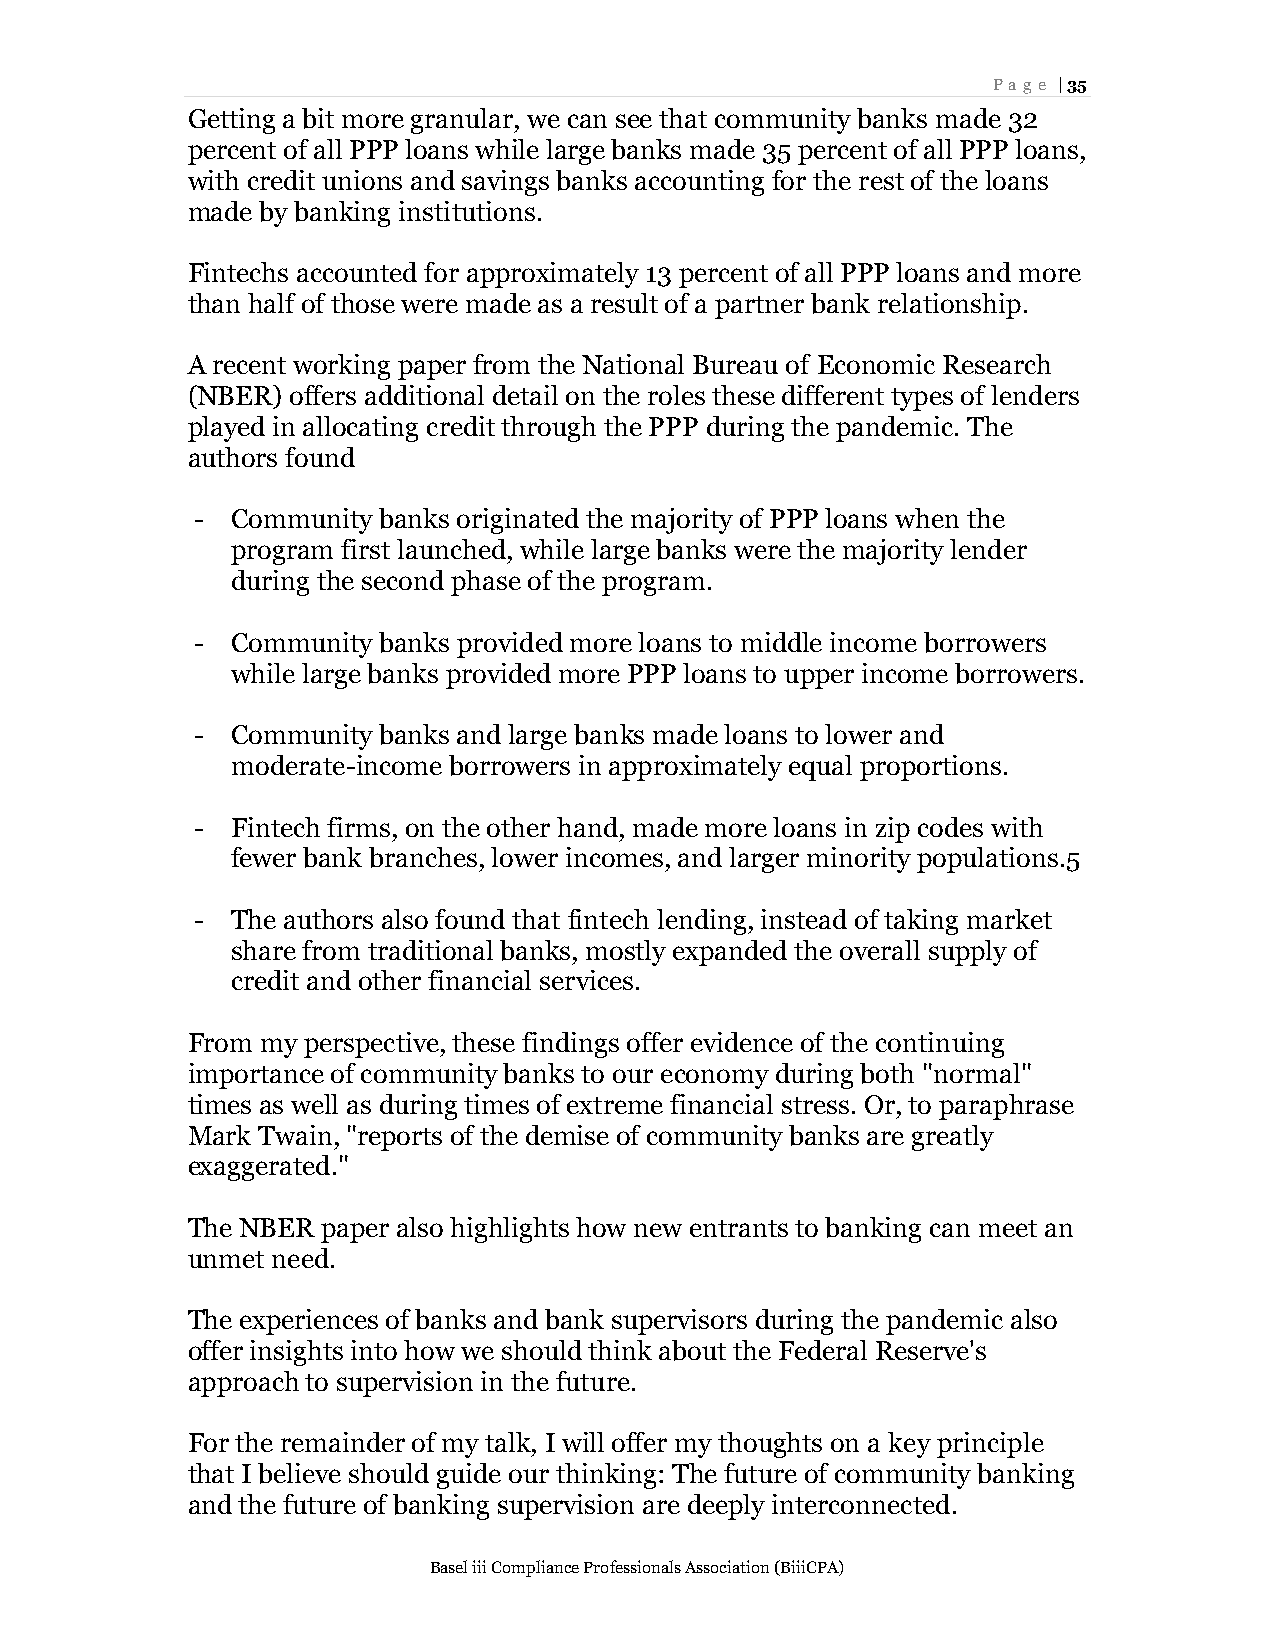
Page | 35
 Getting a bit more granular, we can see that community banks made 32
 percent of all PPP loans while large banks made 35 percent of all PPP loans,
 with credit unions and savings banks accounting for the rest of the loans
 made by banking institutions.
 Fintechs accounted for approximately 13 percent of all PPP loans and more
 than half of those were made as a result of a partner bank relationship.
 A recent working paper from the National Bureau of Economic Research
 (NBER) offers additional detail on the roles these different types of lenders
 played in allocating credit through the PPP during the pandemic. The
 authors found
 - Community banks originated the majority of PPP loans when the
 program first launched, while large banks were the majority lender
 during the second phase of the program.
 - Community banks provided more loans to middle income borrowers
 while large banks provided more PPP loans to upper income borrowers.
 - Community banks and large banks made loans to lower and
 moderate-income borrowers in approximately equal proportions.
 - Fintech firms, on the other hand, made more loans in zip codes with
 fewer bank branches, lower incomes, and larger minority populations.5
 - The authors also found that fintech lending, instead of taking market
 share from traditional banks, mostly expanded the overall supply of
 credit and other financial services.
 From my perspective, these findings offer evidence of the continuing
 importance of community banks to our economy during both "normal"
 times as well as during times of extreme financial stress. Or, to paraphrase
 Mark Twain, "reports of the demise of community banks are greatly
 exaggerated."
 The NBER paper also highlights how new entrants to banking can meet an
 unmet need.
 The experiences of banks and bank supervisors during the pandemic also
 offer insights into how we should think about the Federal Reserve's
 approach to supervision in the future.
 For the remainder of my talk, I will offer my thoughts on a key principle
 that I believe should guide our thinking: The future of community banking
 and the future of banking supervision are deeply interconnected.
 Basel iii Compliance Professionals Association (BiiiCPA)